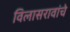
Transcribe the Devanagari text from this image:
विलासरावांचे